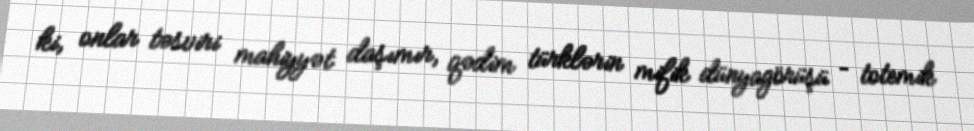
ki, onlar təsviri mahiyyət daşımır, qədim türklərin mifik dünyagörüşü – totemik